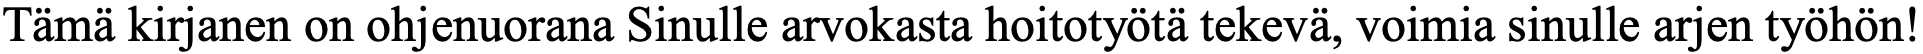
Tämä kirjanen on ohjenuorana Sinulle arvokasta hoitotyötä tekevä, voimia sinulle arjen työhön!